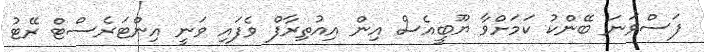
ފަސްވަނަ ބޭންކު ކަމަށްވާ ޔޫބީއެސް އިން އިއުތިރާފް ވެފައި ވަނީ އިންޓަރެސްޓް ރޭޓު